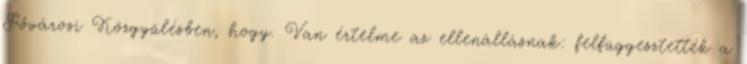
Fővárosi Közgyűlésben, hogy. Van értelme az ellenállásnak: felfüggesztették a